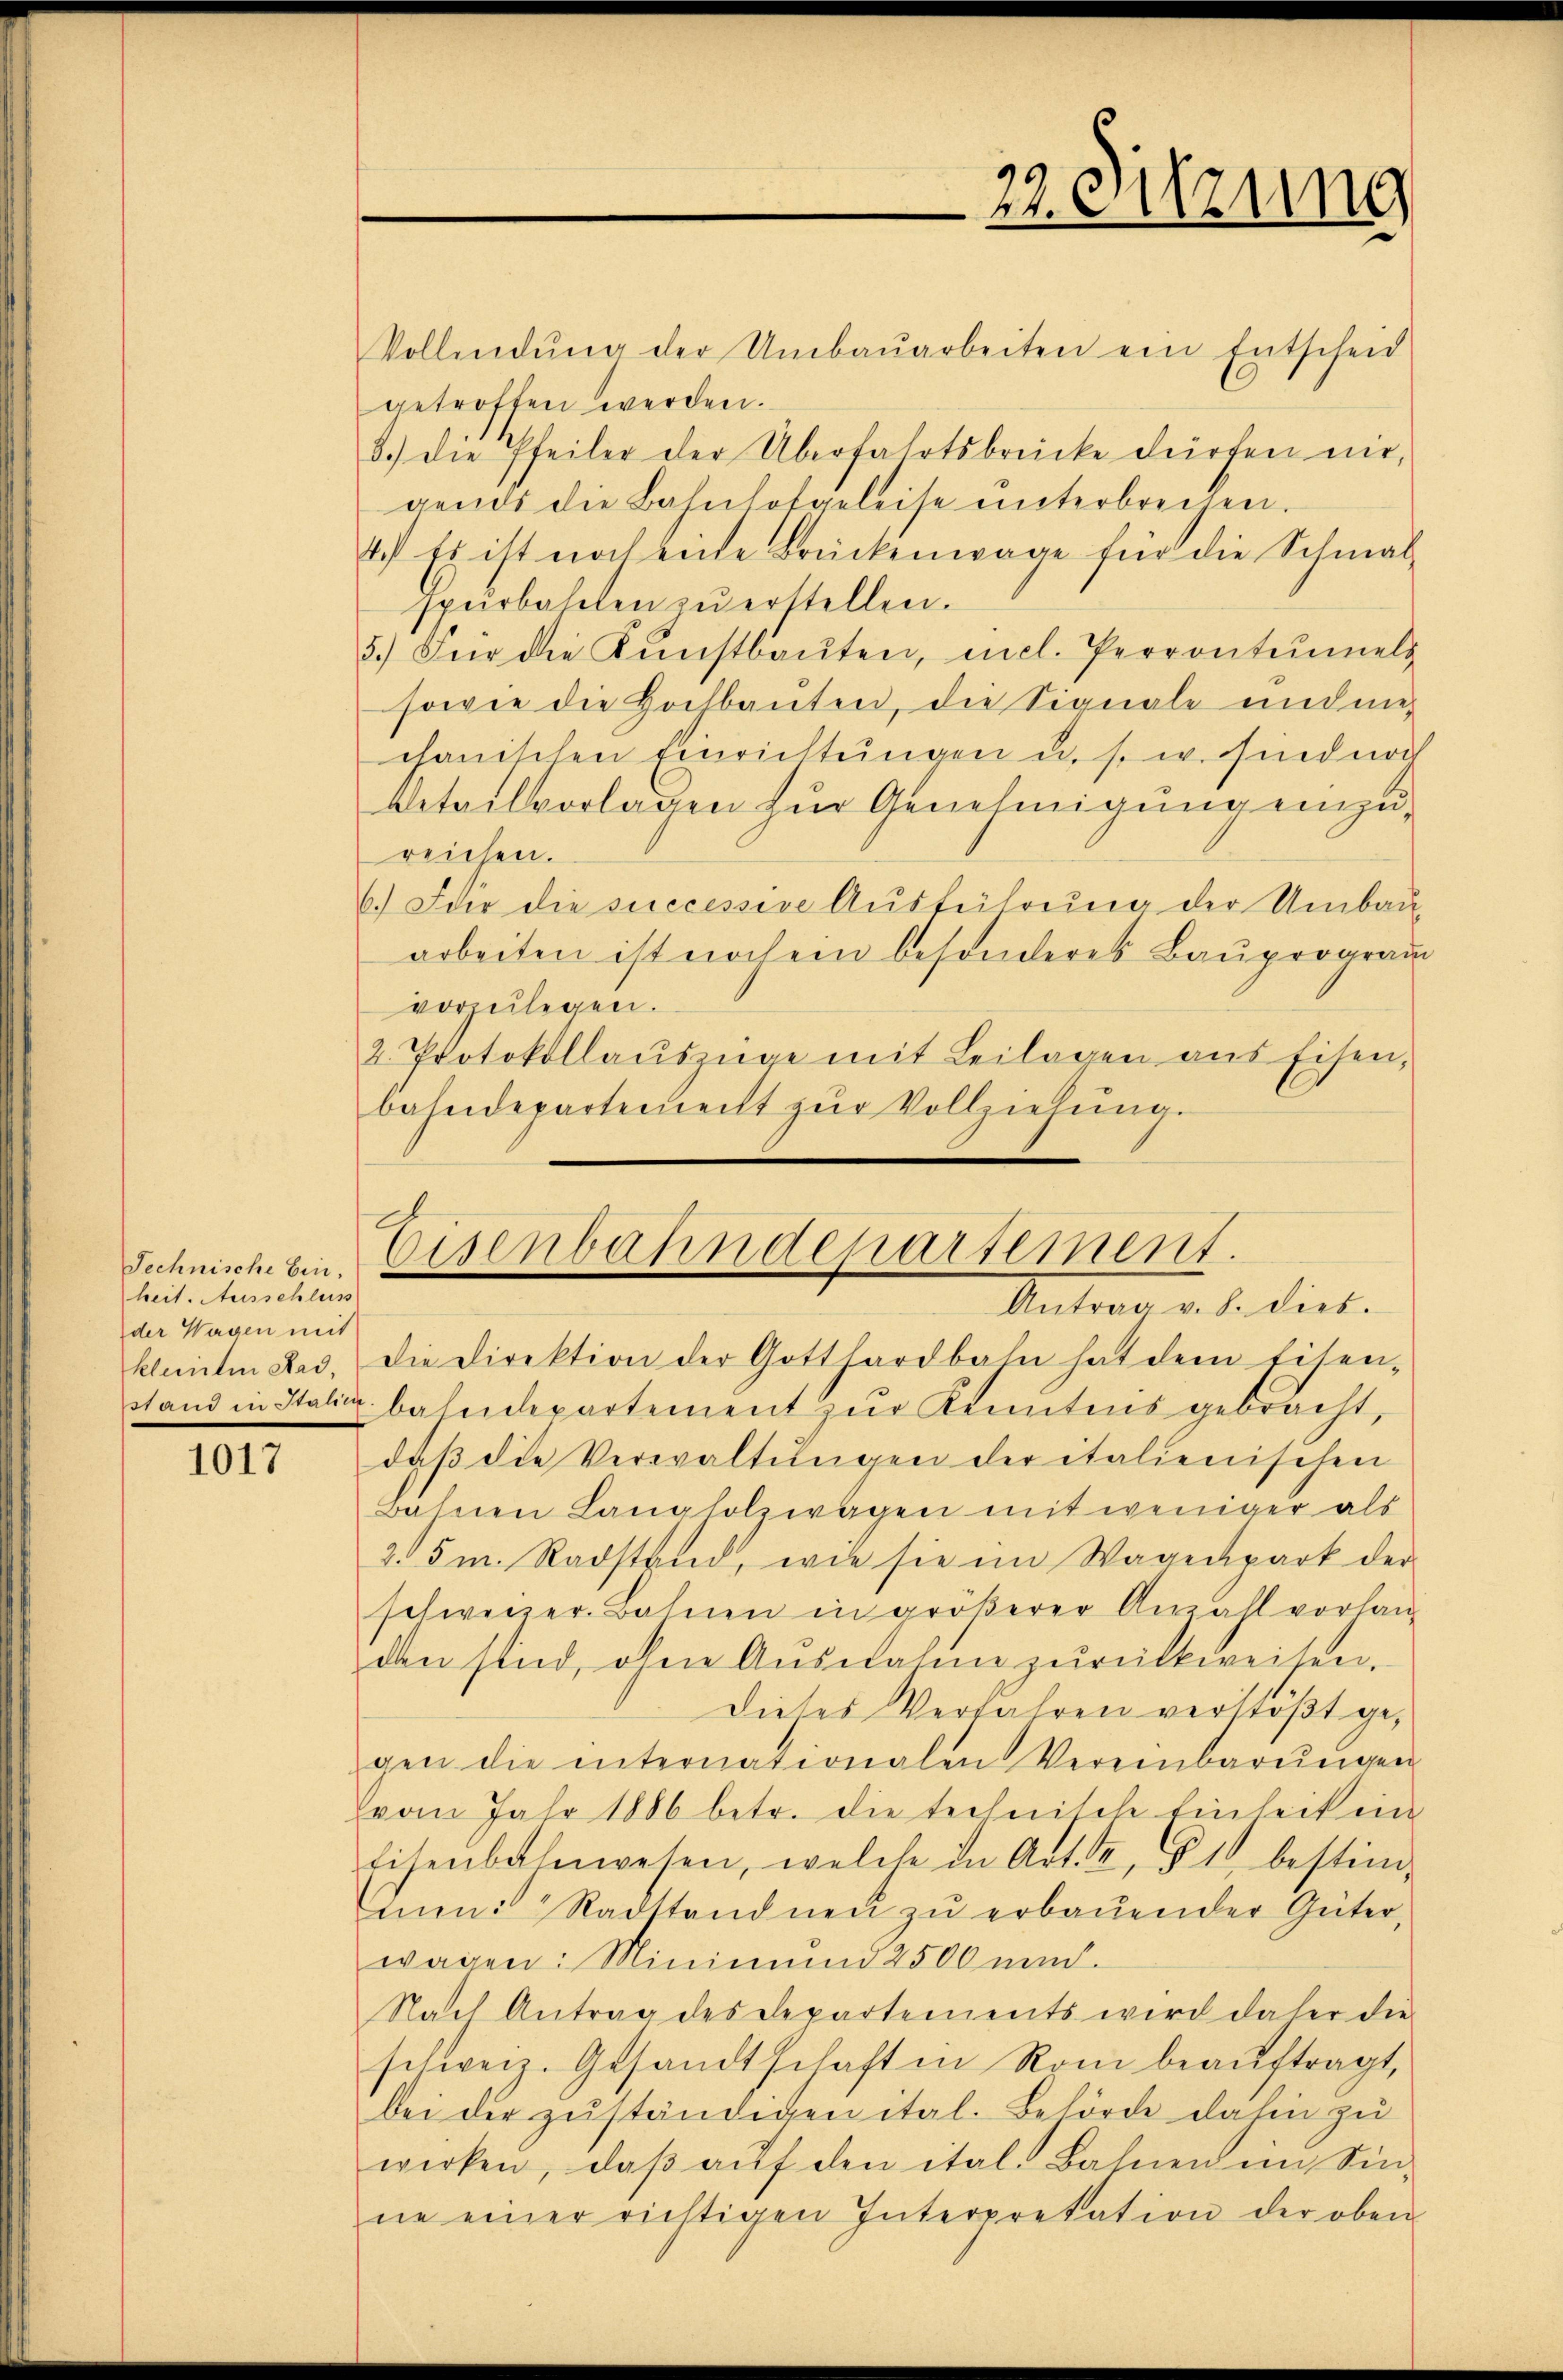
Technische Ein-
heit. Ausschluss
der Wagen mit

1017

Vollendŭng der Umbaŭarbeiten ein Entscheid
getroffen werden.
8.) Die Pfeiler der Überfahrtsbrücke dürfen nie,
gends die Bahnhofgeleise ŭnterbrechen.
1.) Es ist noch eine Brückenwage für die Schmal-
hrŭrbahnten zŭ erstellen.
5.) Für die Kŭnstbaŭten, incl. Perronteels
sowie die Hochbauten, die Signale und mei
chanischen Einrichtungen u. s. w. hindurch
Betailvorlagen zur Genehmigung einzureichen.
6.) Für die successive Ausführung der Umbauarbeiten ist noch ein besonderes Bauprogram
vorzulegen.
2. Protokollauszüge mit Beilagen aus Eisen,
bahndepartement zŭr Vollziehŭng.

kleinten Lad, die Direktion der Gotthardbahn hat dem Eisen-
stand in Italie bahndepartement zur Kenntens gebracht,
daβ die Verwaltŭngen der italienischen
Bahnen Langholzwagen mit weniger als
2.5m Radstand, wie sie im Wagenpart der
schweizer. Bahnen in größerer Anzahl vorhanden sind, ohne Ausnahme zurückweisen.
Dieses Verfahren verstößt gegen die internationalen Vereinbarŭngen
Evon Jahr 1886 betr. die technische Einheit ein
Eisenbahnwesen, welche in Art. 2, § 1 bestim-
m: Stadttandnen zŭ erbauender Güter,
wagen: Minimund 2500 und
Nach Antrag des Departements wird daher die
schweiz. Gesandtschaft in Rom beauftragt,
bei der zuständigen ital. Behörde dahin zu
wirken, daβ aŭf den ital. Bahnen im Sin-
ne einer richtigen Interpretation der oben

22. Sitzung

Eisenbahndepartement.
Mutrag v. h. diese